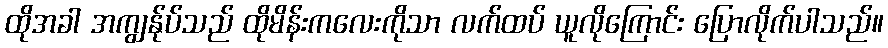
ထိုအခါ အကျွန်ုပ်သည် ထိုမိန်းကလေးကိုသာ လက်ထပ် ယူလိုကြောင်း ပြောလိုက်ပါသည်။